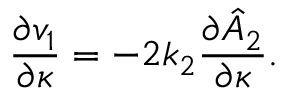
\frac { \partial v _ { 1 } } { \partial \kappa } = - 2 k _ { 2 } \frac { \partial \hat { A } _ { 2 } } { \partial \kappa } .